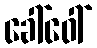
ခေါ်ဝေါ်